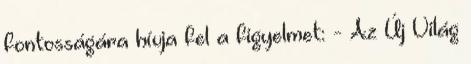
fontosságára hívja fel a figyelmet: - Az Új Világ